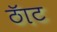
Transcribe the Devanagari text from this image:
ठॅाट